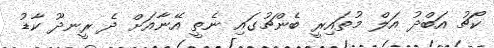
ކޯޗު އަބްދު އަލް މުތައިރީ ބެންޗުގައި ނެތީ އޭނާއަށް ދެ ރީނދޫ ކާޑު